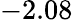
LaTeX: -2.08